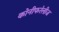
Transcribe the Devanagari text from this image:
कोनीफरेलीज